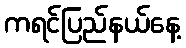
ကရင်ပြည်နယ်နေ့